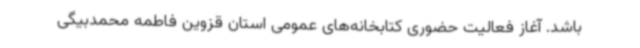
باشد. آغاز فعالیت حضوری کتابخانه‌های عمومی استان قزوین فاطمه محمدبیگی